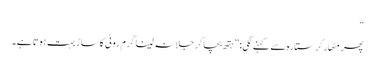
“
پھر مِٹھار کر ستارہ سے کہنے لگی: ”ہتھ بچا کر جلا نہ لینا گرم روٹی کا ساڑ بہت ہوتا ہے۔